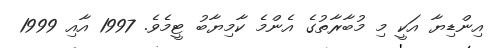
އިންޑިޔާ އަކީ މި މުބާރާތުގެ އެންމެ ކާމިޔާބު ޓީމެވެ. 1997 އާއި 1999